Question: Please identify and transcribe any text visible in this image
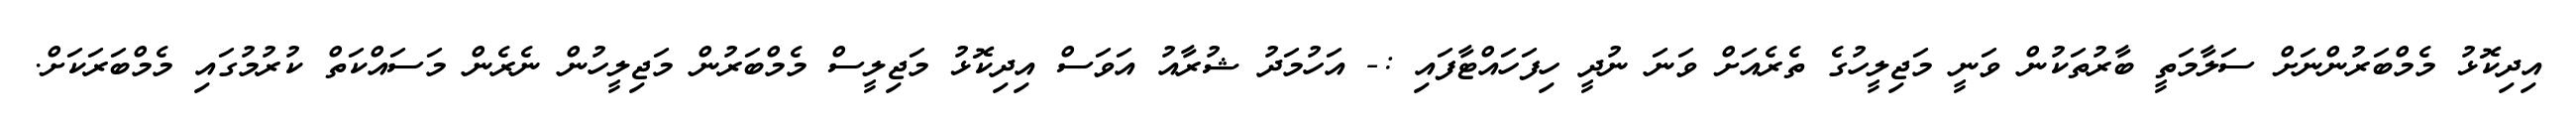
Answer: އިދިކޮޅު މެމްބަރުންނަށް ސަލާމަތީ ބާރުތަކުން ވަނީ މަޖިލީހުގެ ތެރެއަށް ވަނަ ނުދީ ހިފަހައްޓާފައި :- އަހުމަދު ޝުރާއު އަވަސް އިދިކޮޅު މަޖިލީސް މެމްބަރުން މަޖިލީހުން ނެރެން މަސައްކަތް ކުރުމުގައި މެމްބަރަކަށް.